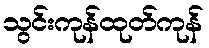
သွင်းကုန်ထုတ်ကုန်